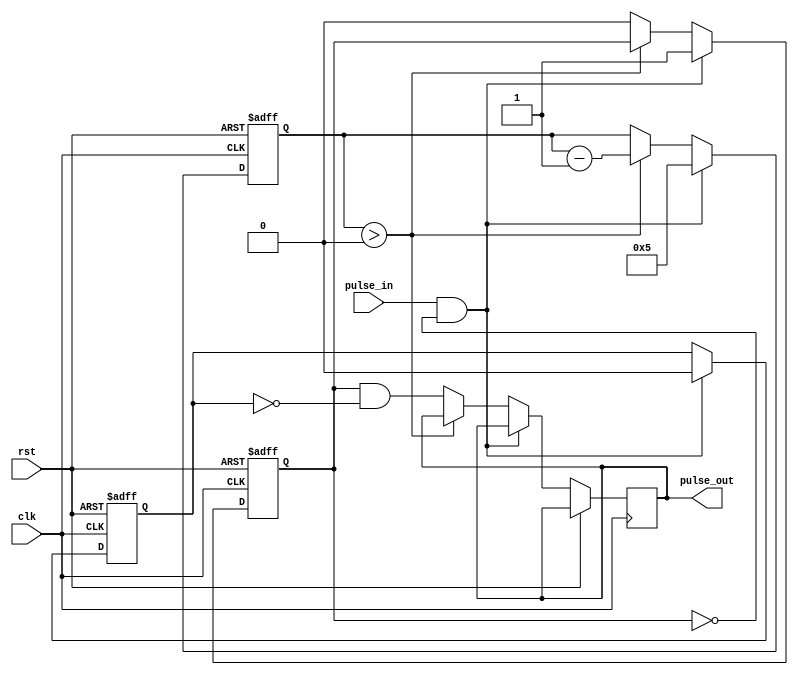
module PulseSynchronizer (
    input wire clk,
    input wire rst,
    input wire pulse_in,
    output reg pulse_out
);

reg [3:0] counter;
reg sync_flag = 0;
reg error_detected = 0;

always @(posedge clk or posedge rst) begin
    if (rst) begin
        counter <= 4'b0000;
        sync_flag <= 1'b0;
        error_detected <= 1'b0;
    end else begin
        if (pulse_in && !sync_flag) begin
            counter <= 4'b0101;
            sync_flag <= 1'b1;
            error_detected <= 1'b0;
        end else if (counter > 0) begin
            counter <= counter - 1;
        end else begin
            pulse_out <= sync_flag && !error_detected;
            sync_flag <= 1'b0;
        end
    end
end

endmodule